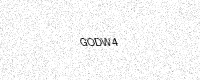
Text: GODW4